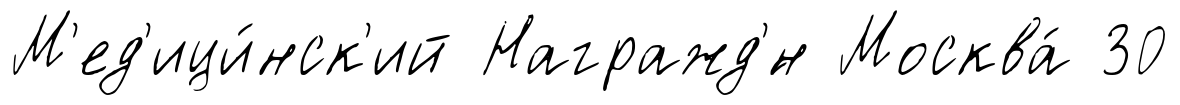
М'ед'ици́нск'ий Награжд'́н Москва́ 30